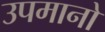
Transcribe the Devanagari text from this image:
उपमानो